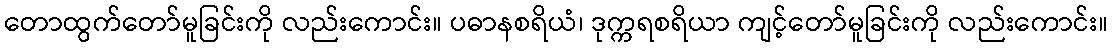
တောထွက်တော်မူခြင်းကို လည်းကောင်း။ ပဓာနစရိယံ၊ ဒုက္ကရစရိယာ ကျင့်တော်မူခြင်းကို လည်းကောင်း။